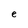
Character: e